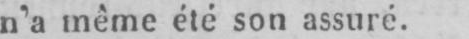
n’a même été son assuré.